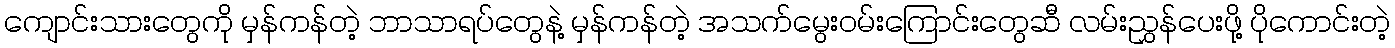
ကျောင်းသားတွေကို မှန်ကန်တဲ့ ဘာသာရပ်တွေနဲ့ မှန်ကန်တဲ့ အသက်မွေးဝမ်းကြောင်းတွေဆီ လမ်းညွှန်ပေးဖို့ ပိုကောင်းတဲ့